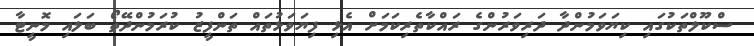
ސްކޫލްތަކުގައި ކިޔަވަމުންދާ ދަރިވަރުންގެ ރައްކާތެރިކަމަށް އެޅި ފިޔަވަޅުތައް ތަންފީޒު ކުރަމުންދޭތޯ ބަލައި މޮނީޓާ